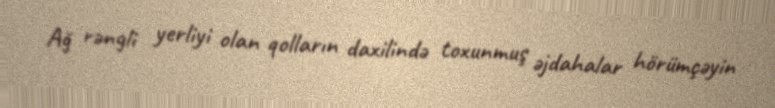
Ağ rəngli yerliyi olan qolların daxilində toxunmuş əjdahalar hörümçəyin